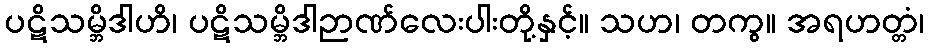
ပဋိသမ္ဘိဒါဟိ၊ ပဋိသမ္ဘိဒါဉာဏ်လေးပါးတို့နှင့်။ သဟ၊ တကွ။ အရဟတ္တံ၊